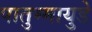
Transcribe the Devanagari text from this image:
पातुम्मायुडे